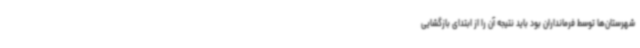
شهرستان‌ها توسط فرمانداران بود باید نتیجه آن را از ابتدای بازگشایی